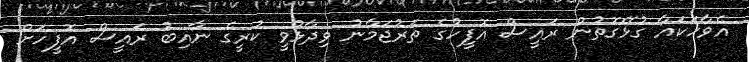
އެވާހަކައާ ގުޅޭގޮތުން ރައީސް އޮފީހުގެ ތަރުޖަމާނު ވިދާޅުވީ ކުރީގެ ނާއިބު ރައީސް އޮފީހަށް